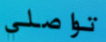
تواصلي